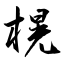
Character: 榥